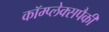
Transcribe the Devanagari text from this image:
कॉम्प्लेक्सपैकी